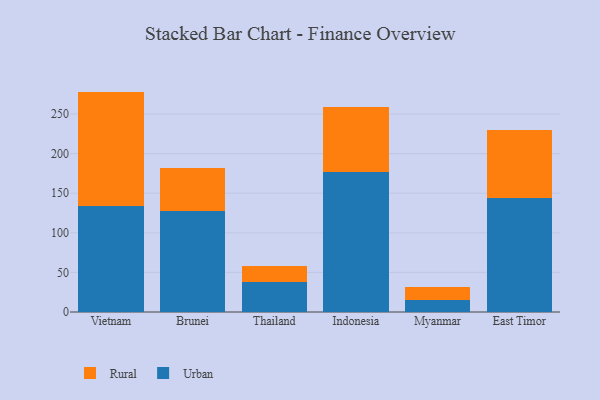
{"axis": {"x": "Country", "y": "Inventory Turnover"}, "legend": ["Rural", "Urban"], "data": [{"x": "Vietnam", "y": 133.5, "type": "Urban"}, {"x": "Vietnam", "y": 144.9, "type": "Rural"}, {"x": "Brunei", "y": 127.2, "type": "Urban"}, {"x": "Brunei", "y": 54.2, "type": "Rural"}, {"x": "Thailand", "y": 37.6, "type": "Urban"}, {"x": "Thailand", "y": 20.8, "type": "Rural"}, {"x": "Indonesia", "y": 176.7, "type": "Urban"}, {"x": "Indonesia", "y": 82.8, "type": "Rural"}, {"x": "Myanmar", "y": 15.2, "type": "Urban"}, {"x": "Myanmar", "y": 15.9, "type": "Rural"}, {"x": "East Timor", "y": 143.7, "type": "Urban"}, {"x": "East Timor", "y": 86.8, "type": "Rural"}]}